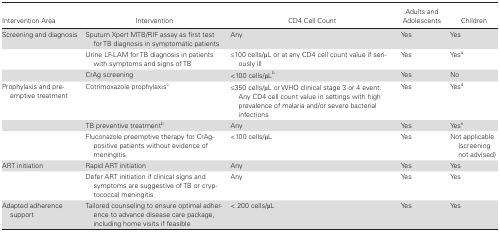
<table><thead><tr><td><b>Intervention Area</b></td><td><b>Intervention</b></td><td><b>CD4 Cell Count</b></td><td><b>Adults and Adolescents</b></td><td><b>Children</b></td></tr></thead><tbody><tr><td>Screening and diagnosis</td><td>Sputum Xpert MTB/RIF assay as first test for TB diagnosis in symptomatic patients</td><td>Any</td><td>Yes</td><td>Yes</td></tr><tr><td></td><td>Urine LF-LAM for TB diagnosis in patients with symptoms and signs of TB</td><td>≤100 cells/μL or at any CD4 cell count value if seriously ill</td><td>Yes</td><td>Yes<sup>a</sup></td></tr><tr><td></td><td>CrAg screening</td><td>&lt;100 cells/μL<sup>b</sup></td><td>Yes</td><td>No</td></tr><tr><td>Prophylaxis and preemptive treatment</td><td>Cotrimoxazole prophylaxis<sup>c</sup></td><td>≤350 cells/μL or WHO clinical stage 3 or 4 event. Any CD4 cell count value in settings with high prevalence of malaria and/or severe bacterial infections</td><td>Yes</td><td>Yes<sup>d</sup></td></tr><tr><td></td><td>TB preventive treatment<sup>b</sup></td><td>Any</td><td>Yes</td><td>Yes<sup>e</sup></td></tr><tr><td></td><td>Fluconazole preemptive therapy for CrAg- positive patients without evidence of meningitis</td><td>&lt;100 cells/μL</td><td>Yes</td><td>Not applicable (screening not advised)</td></tr><tr><td>ART initiation</td><td>Rapid ART initiation</td><td>Any</td><td>Yes</td><td>Yes</td></tr><tr><td></td><td>Defer ART initiation if clinical signs and symptoms are suggestive of TB or cryptococcal meningitis</td><td>Any</td><td>Yes</td><td>Yes</td></tr><tr><td>Adapted adherence support</td><td>Tailored counseling to ensure optimal adherence to advance disease care package, including home visits if feasible</td><td>&lt; 200 cells/μL</td><td>Yes</td><td>Yes</td></tr></tbody></table>